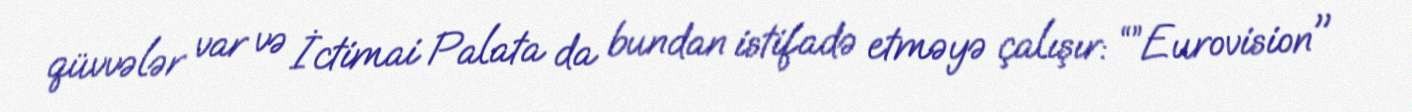
qüvvələr var və İctimai Palata da bundan istifadə etməyə çalışır: “”Eurovision"